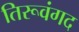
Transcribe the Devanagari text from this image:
तिरूवंगद